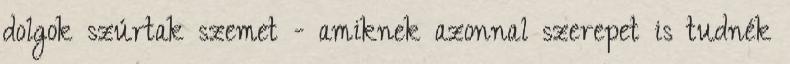
dolgok szúrtak szemet - amiknek azonnal szerepet is tudnék